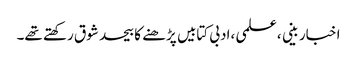
اخبار بینی ،علمی ،ادبی کتابیں پڑھنے کا بیحد شوق رکھتے تھے۔